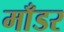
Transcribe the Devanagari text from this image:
माँडर